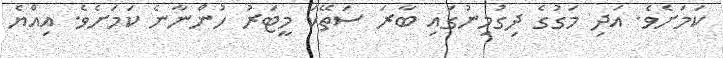
ކަމަށެވެ. އަދި މަގުގެ ދިގުމިނުގައި ބާރަ ސަތޭކަ މީޓަރު ހުންނާނެ ކަމަށެވެ. އިއްޔެ